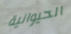
الحيوانية